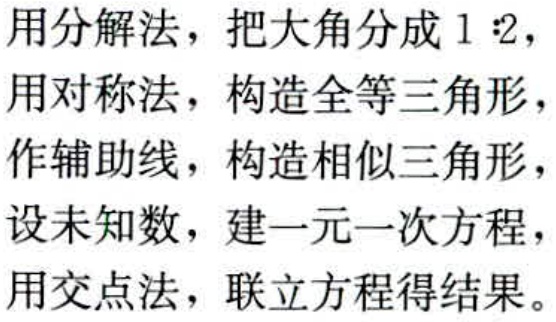
用分解法，把大角分成 \(1:2\)，
用对称法，构造全等三角形，
作辅助线，构造相似三角形，
设未知数，建一元一次方程，
用交点法，联立方程得结果。